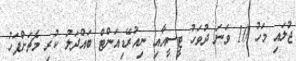
ޖުލައި މަހު 10 ވަނަ ދުވަހު ޓީސީއާއި ނިއުރޭޑިއަންޓް ބައްދަލު ކުރި މެޗަށްފަހު